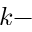
k -